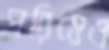
পরিয়েও